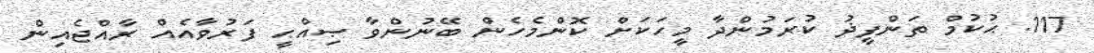
117. ޙުކުމް ތަންފީޛު ކުރަމުންދާ މީހަކަށް ކޮންމެހެން ބޭނުންވާ ޞިއްޙީ ފަރުވާއެއް ރާއްޖެއިން